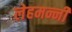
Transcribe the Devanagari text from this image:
लेहमन्नी